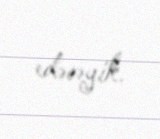
edəcəyik.